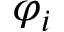
\varphi _ { i }